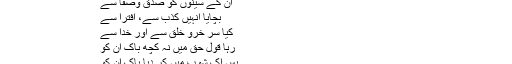
دئیے پھیر دل ان کے مکروریا سے بھرا
ان کے سینوں کو صدق وصفا سے
بچایا انہیں کذب سے، افترا سے
کیا سر خرو خلق سے اور خدا سے
رہا قول حق میں نہ کچھ باک ان کو
بس اک شوب میں کر دیا پاک ان کو
مکہ والوں سے تو صلح ہو گئی ،پر یہودی اپنی شرارتوں سے باز نہیں آتے تھے۔